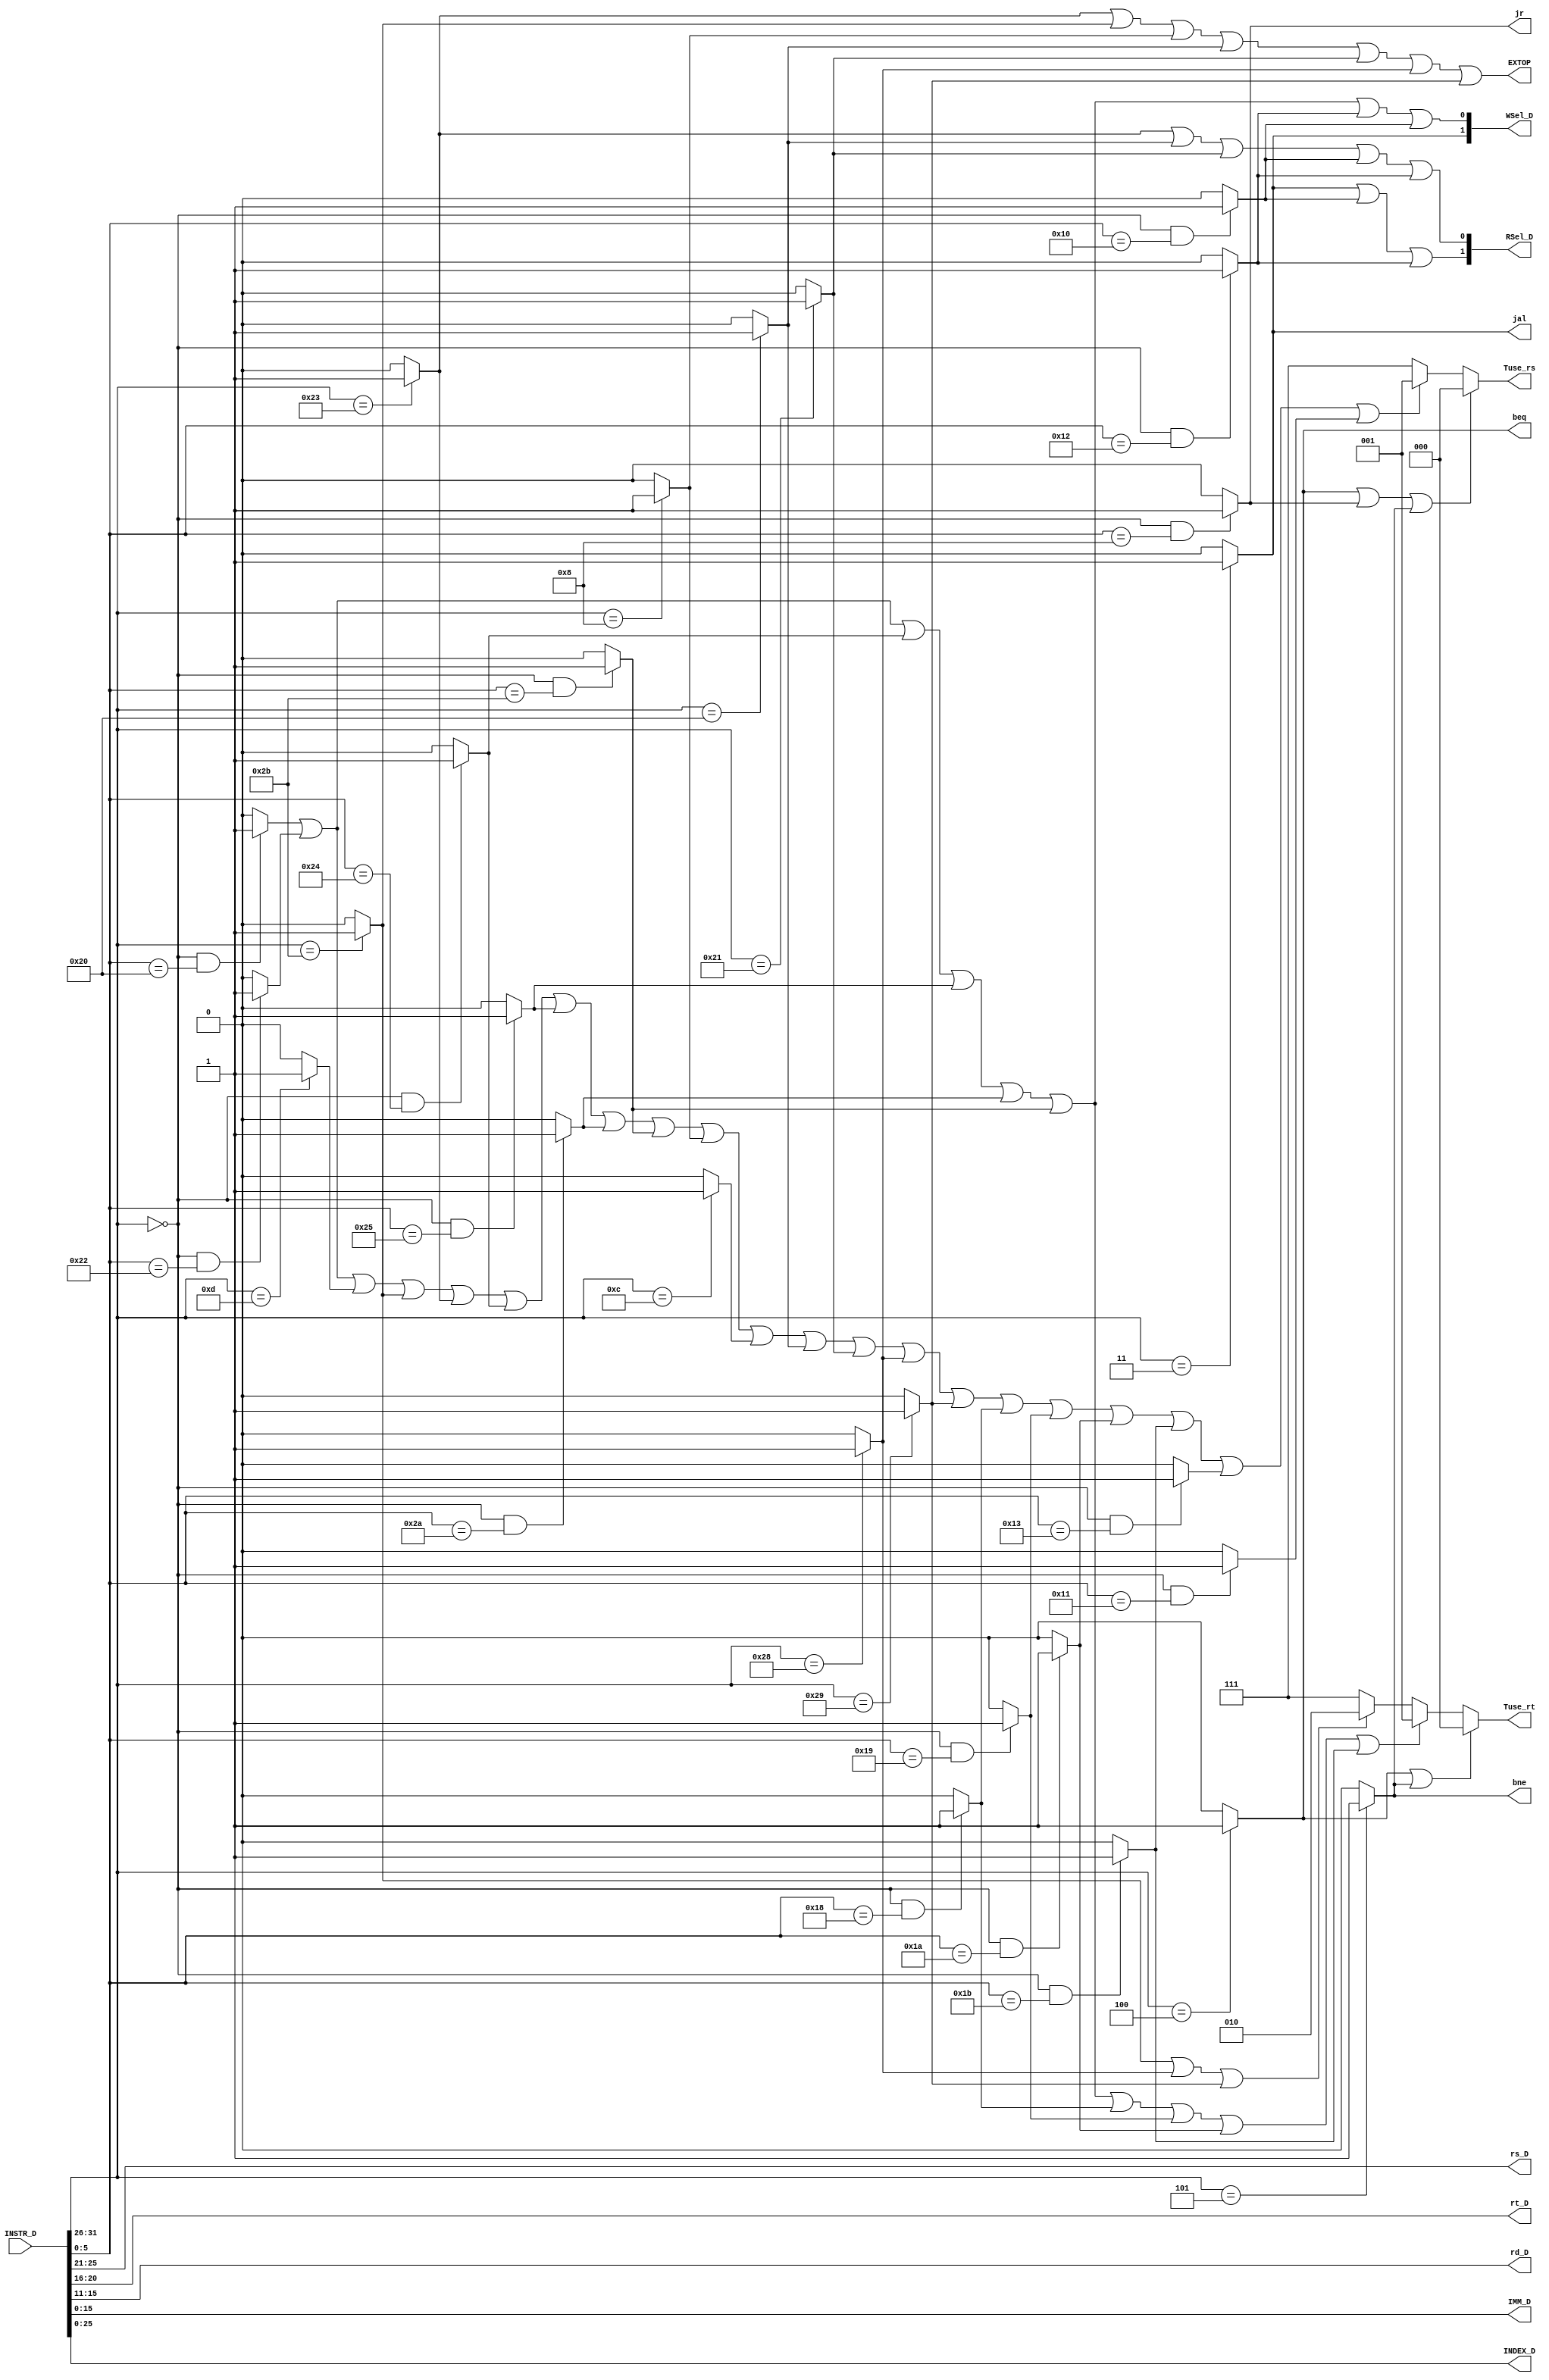
`timescale 1ns / 1ps
//////////////////////////////////////////////////////////////////////////////////
// Company: 
// Engineer: 
// 
// Design Name: 
// Module Name:    D_CONTROLLER 
// Project Name: 
// Target Devices: 
// Tool versions: 
// Description: 
//
// Dependencies: 
//
// Revision: 
// Revision 0.01 - File Created
// Additional Comments: 
//
//////////////////////////////////////////////////////////////////////////////////
module D_CONTROLLER(
	 input [31:0] INSTR_D,
    output [4:0] rs_D,
	 output [4:0] rt_D,
	 output [4:0] rd_D,
	 output [15:0] IMM_D,
	 output [25:0] INDEX_D,
	 output [1:0] WSel_D,
    output EXTOP,
	 output beq,
	 output bne,
	 output jr,
	 output jal,
	 output [2:0] Tuse_rs,
	 output [2:0] Tuse_rt,
	 output [1:0] RSel_D
    );

wire add, sub, ori, lw, sw, lui;
wire andd, orr, slt, sltu, addi, andi;
wire lb, lh, sb, sh;
wire mult, multu, div, divu, mfhi, mflo, mthi, mtlo;

wire [5:0] opcode;
wire [5:0] func;

assign opcode = INSTR_D[31:26];
assign func = INSTR_D[5:0];

assign add = (opcode == 6'b000000 && func == 6'b100000)? 1 : 0;
assign sub = (opcode == 6'b000000 && func == 6'b100010)? 1 : 0;
assign ori = (opcode == 6'b001101)? 1 : 0;
assign lw = (opcode == 6'b100011)? 1 : 0;
assign sw = (opcode == 6'b101011)? 1 : 0;
assign beq = (opcode == 6'b000100)? 1 : 0;
assign lui = (opcode == 6'b001111)? 1 : 0;
assign jal = (opcode == 6'b000011)? 1 : 0;
assign jr = (opcode == 6'b000000 && func == 6'b001000)? 1 : 0;

assign bne = (opcode == 6'b000101)? 1 : 0;
assign andd = (opcode == 6'b000000 && func == 6'b100100)? 1 : 0;
assign orr = (opcode == 6'b000000 && func == 6'b100101)? 1 : 0;
assign slt = (opcode == 6'b000000 && func == 6'b101010)? 1 : 0;
assign sltu = (opcode == 6'b000000 && func == 6'b101011)? 1 : 0;
assign addi = (opcode == 6'b001000)? 1 : 0;
assign andi = (opcode == 6'b001100)? 1 : 0;

assign lb = (opcode == 6'b100000)? 1 : 0;
assign lh = (opcode == 6'b100001)? 1 : 0;
assign sb = (opcode == 6'b101000)? 1 : 0;
assign sh = (opcode == 6'b101001)? 1 : 0;

assign mult = (opcode == 6'b000000 && func == 6'b011000)? 1 : 0;
assign multu = (opcode == 6'b000000 && func == 6'b011001)? 1 : 0;
assign div = (opcode == 6'b000000 && func == 6'b011010)? 1 : 0;
assign divu = (opcode == 6'b000000 && func == 6'b011011)? 1 : 0;
assign mfhi = (opcode == 6'b000000 && func == 6'b010000)? 1 : 0;
assign mflo = (opcode == 6'b000000 && func == 6'b010010)? 1 : 0;
assign mthi = (opcode == 6'b000000 && func == 6'b010001)? 1 : 0;
assign mtlo = (opcode == 6'b000000 && func == 6'b010011)? 1 : 0;

//assign RF = add | sub | ori | lw | lui | jal;
assign rs_D = INSTR_D [25:21];
assign rt_D = INSTR_D [20:16];
assign rd_D = INSTR_D [15:11];
assign IMM_D = INSTR_D [15:0];
assign INDEX_D = INSTR_D [25:0];

assign WSel_D[0] = add | sub | andd | orr | slt | sltu | mflo | mfhi;
assign WSel_D[1] = jal;
					 
assign EXTOP = lw | sw | addi | lb | lh | sb | sh;

assign Tuse_rs = (beq | jr | bne ==  1) ? 3'b000 :
					  (add | sub | ori | sw | lw | andd | orr | slt | sltu | addi | andi | lb | lh | sb | sh | mult | multu | div | divu | mtlo | mthi == 1) ? 3'b001 : 
					  3'b111;
					  
assign Tuse_rt = (beq | bne == 1) ? 3'b000 :
					  (add | sub | andd | orr | slt | sltu | mult | multu | div | divu == 1) ? 3'b001 :
					  (sw | sb | sh == 1) ? 3'b010 :
					  3'b111;
					  
assign RSel_D[0] = lw | lb | lh | mfhi | mflo;
assign RSel_D[1] = jal | mfhi | mflo; 
					  
endmodule